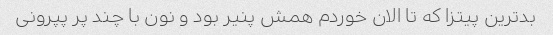
بدترین پیتزا که تا الان خوردم همش پنیر بود و نون با چند پر پپرونی